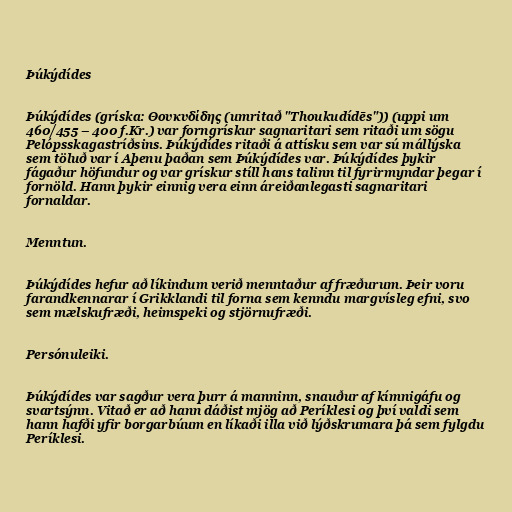
Þúkýdídes

Þúkýdídes (gríska: Θουκυδίδης (umritað "Thoukudídēs")) (uppi um
460/455 – 400 f.Kr.) var forngrískur sagnaritari sem ritaði um sögu
Pelópsskagastríðsins. Þúkýdídes ritaði á attísku sem var sú mállýska
sem töluð var í Aþenu þaðan sem Þúkýdídes var. Þúkýdídes þykir
fágaður höfundur og var grískur stíll hans talinn til fyrirmyndar þegar í
fornöld. Hann þykir einnig vera einn áreiðanlegasti sagnaritari
fornaldar.

Menntun.

Þúkýdídes hefur að líkindum verið menntaður af fræðurum. Þeir voru
farandkennarar í Grikklandi til forna sem kenndu margvísleg efni, svo
sem mælskufræði, heimspeki og stjörnufræði.

Persónuleiki.

Þúkýdídes var sagður vera þurr á manninn, snauður af kímnigáfu og
svartsýnn. Vitað er að hann dáðist mjög að Períklesi og því valdi sem
hann hafði yfir borgarbúum en líkaði illa við lýðskrumara þá sem fylgdu
Períklesi.